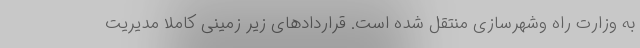
به وزارت راه وشهرسازی منتقل شده است. قراردادهای زیر زمینی کاملا مدیریت